Calcutta medical institutions reports 1879-81 [i.e.91]
Year: 1879
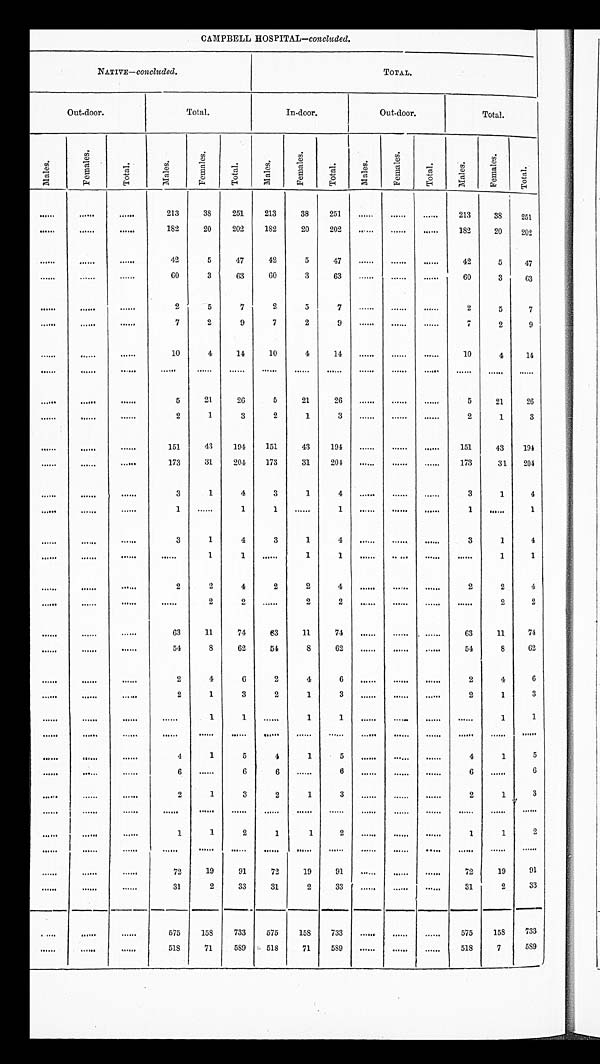
CAMPBELL HOSPITAL— c o n c l u d e d .
NATIVE— concluded.
TOTAL.
Out-door.
T o t a l .
In-door.
Out-door.
Total.
M a l e s .
F e m a l e s .
T o t a l .
M a l e s .
F e m a l e s .
T o t a l .
M a l e s .
F e m a l e s .
T o t a l .
M a l e s .
F e m a l e s .
T o t a l .
M a l e s .
F e m a l e s .
T o t a l .
. . .
. . .
. . .
2 1 3
3 8
2 5 1
2 1 3
3 8
2 5 1
. . .
. . .
. . .
2 1 3
3 8
2 5 1
. . .
. . .
. . .
1 8 2
2 0
2 0 2
1 8 2
2 0
2 0 2
. . .
. . .
. . .
1 8 2
2 0
2 0 2
. . .
. . .
. . .
4 2
5
4 7
4 2
5
4 7
. . .
. . .
. . .
4 2
5
4 7
. . .
. . .
. . .
6 0
3
6 3
6 0
3
6 3
. . .
. . .
. . .
6 0
3
6 3
. . .
. . .
. . .
2
5
7
2
5
7
. . .
. . .
. . .
2
5
7
. . .
. . .
. . .
7
2
9
7
2
9
. . .
. . .
. . .
7
2
9
. . .
. . .
. . .
1 0
4
1 4
1 0
4
1 4
. . .
. . .
. . .
1 0
4
1 4
. . .
. . .
. . .
. . .
. . .
. . .
. . .
. . .
. . .
. . .
. . .
. . .
. . .
. . .
. . .
. . .
. . .
. . .
5
2 1
2 6
5
2 1
2 6
. . .
. . .
. . .
5
2 1
2 6
. . .
. . .
. . .
2
1
3
2
1
3
. . .
. . .
. . .
2
1
3
. . .
. . .
. . .
1 5 1
4 3
1 9 4
1 5 1
4 3
1 9 4
. . .
. . .
. . .
1 5 1
4 3
1 9 4
. . .
. . .
. . .
1 7 3
3 1
2 0 4
1 7 3
3 1
2 0 4
. . .
. . .
. . .
1 7 3
3 1
2 0 4
. . .
. . .
. . .
3
1
4
3
1
4
. . .
. . .
. . .
3
1
4
. . .
. . .
. . .
1
. . .
1
1
. . .
1
. . .
. . .
. . .
1
. . .
1
. . .
. . .
. . .
3
1
4
3
1
4
. . .
. . .
. . .
3
1
4
. . .
. . .
. . .
. . .
1
1
. . .
1
1
. . .
. . .
. . .
. . .
1
1
. . .
. . .
. . .
2
2
4
2
2
4
. . .
. . .
. . .
2
2
4
. . .
. . .
. . .
. . .
2
2
. . .
2
2
. . .
. . .
. . .
. . .
2
2
. . .
. . .
. . .
6 3
1 1
7 4
6 3
1 1
7 4
. . .
. . .
. . .
6 3
1 1
7 4
. . .
. . .
. . .
5 4
8
6 2
5 4
8
6 2
. . .
. . .
. . .
5 4
8
6 2
. . .
. . .
. . .
2
4
6
2
4
6
. . .
. . .
. . .
2
4
6
. . .
. . .
. . .
2
1
3
2
1
3
. . .
. . .
. . .
2 1
3
. . .
. . .
. . .
. . .
1
1
. . .
1
1
. . .
. . .
. . .
. . . 1
1
. . .
. . .
. . .
. . .
. . .
. . .
. . .
. . .
. . .
. . .
. . .
. . .
. . . . . .
. . .
. . .
. . .
. . .
4
1
5
4
1
5
. . .
. . .
. . .
4
1
5
. . .
. . .
. . .
6
. . .
6
6
. . . 6
. . .
. . .
. . .
6
. . .
6
. . .
. . .
. . .
2
1
3
2
1
3
. . .
. . .
. . .
2
1
3
. . .
. . .
. . .
. . .
. . .
. . .
. . .
. . . . . .
. . .
. . .
. . .
. . . . . .
. . .
. . .
. . .
. . .
1
1
2
1
1
2
. . .
. . .
. . .
1
1
2
. . .
. . .
. . .
. . .
. . .
. . .
. . .
. . . . . .
. . .
. . .
. . .
. . . . . .
. . .
. . .
. . .
. . .
7 2
1 9
9 1
7 2
1 9
9 1
. . .
. . .
. . .
7 2
1 9
9 1
. . .
. . .
. . .
3 1
2
3 3
3 1
2
3 3
. . .
. . .
. . .
3 1
2
3 3
. . .
. . .
. . .
5 7 5
1 5 8
7 3 3
5 7 5
1 5 8
7 3 3
. . .
. . .
. . .
5 7 5
1 5 8 7 3 3
. . .
. . .
. . .
5 1 8
7 1
5 8 9
5 1 8
7 1
5 8 9
. . .
. . .
. . .
5 1 8
7
5 8 9